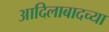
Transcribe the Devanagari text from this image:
आदिलाबादच्या